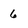
Character: 6